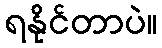
ရနိုင်တာပဲ။